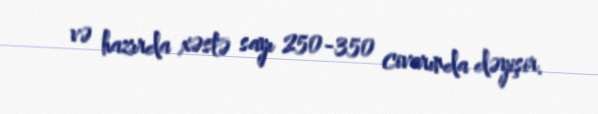
və hazırda xəstə sayı 250-350 civarında dəyişir.